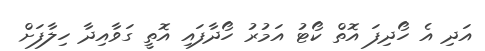
އަދި އެ ހޯދިފަ އޮތް ކޯޓު އަމުރު ހޯދާފައި އޮތީ ގަވާއިދާ ހިލާފަށް